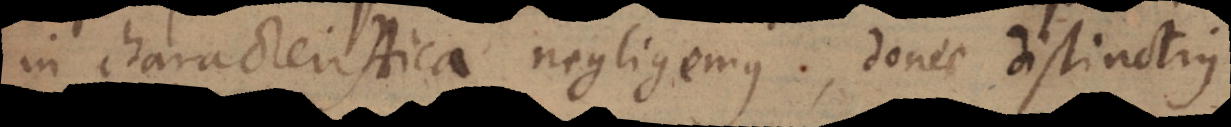
in characteristica negligemus, donec distinctius